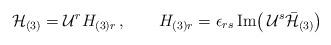
LaTeX: \begin{align*}{\cal H}_{(3)}={\cal U}^r H_{(3)r}\,,\qquad H_{(3)r}=\epsilon_{rs}\,\mathrm{Im}\big(\,{\cal U}^s\bar{{\cal H}}_{(3)}\big)\end{align*}